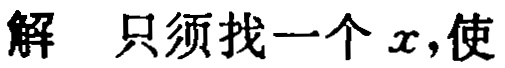
解 只须找一个 \(x\)，使